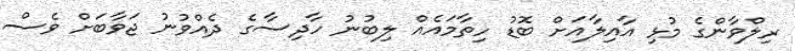
ރިލްވާންގެ މުޅި އާއިލާއަށް ބޮޑު ހިތާމައެއް ލިބުނު ހާދިސާގެ ދެއްވުނު ޖަވާބަށް ވެސް